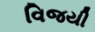
વિજયી